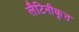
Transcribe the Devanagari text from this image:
लैटिनीकृत